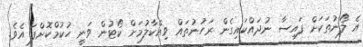
އެ ލޯނުތަކަށް ފައިސާ ނުދައްކައިގެން ރަހުނުތައް ވިއްކާލުމަށް ކޯޓުން ވަނީ ހުކުމްކޮށްފަ އެވެ.